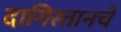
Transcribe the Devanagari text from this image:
दागिस्तानचे